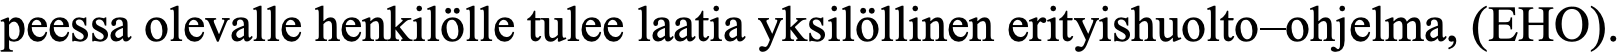
peessa olevalle henkilölle tulee laatia yksilöllinen erityishuolto–ohjelma, (EHO).